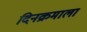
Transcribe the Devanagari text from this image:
दिनक्रमाला